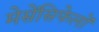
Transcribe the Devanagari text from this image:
मेसेंसिफेलों